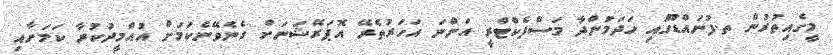
މީގެއިތުރުން ތ.ފުނައްޑޫގައި ހަދަމުންދާ މަސްފެކްޓްރީ އަންނަ އަހަރުތެރޭ އޮޕަރޭޝަނަށް ގެނެވޭނެކަމަށް އުއްމީދުކުރާ ކަމަށާއި